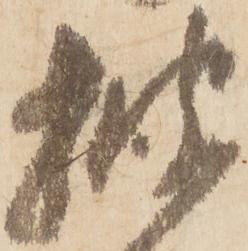
披